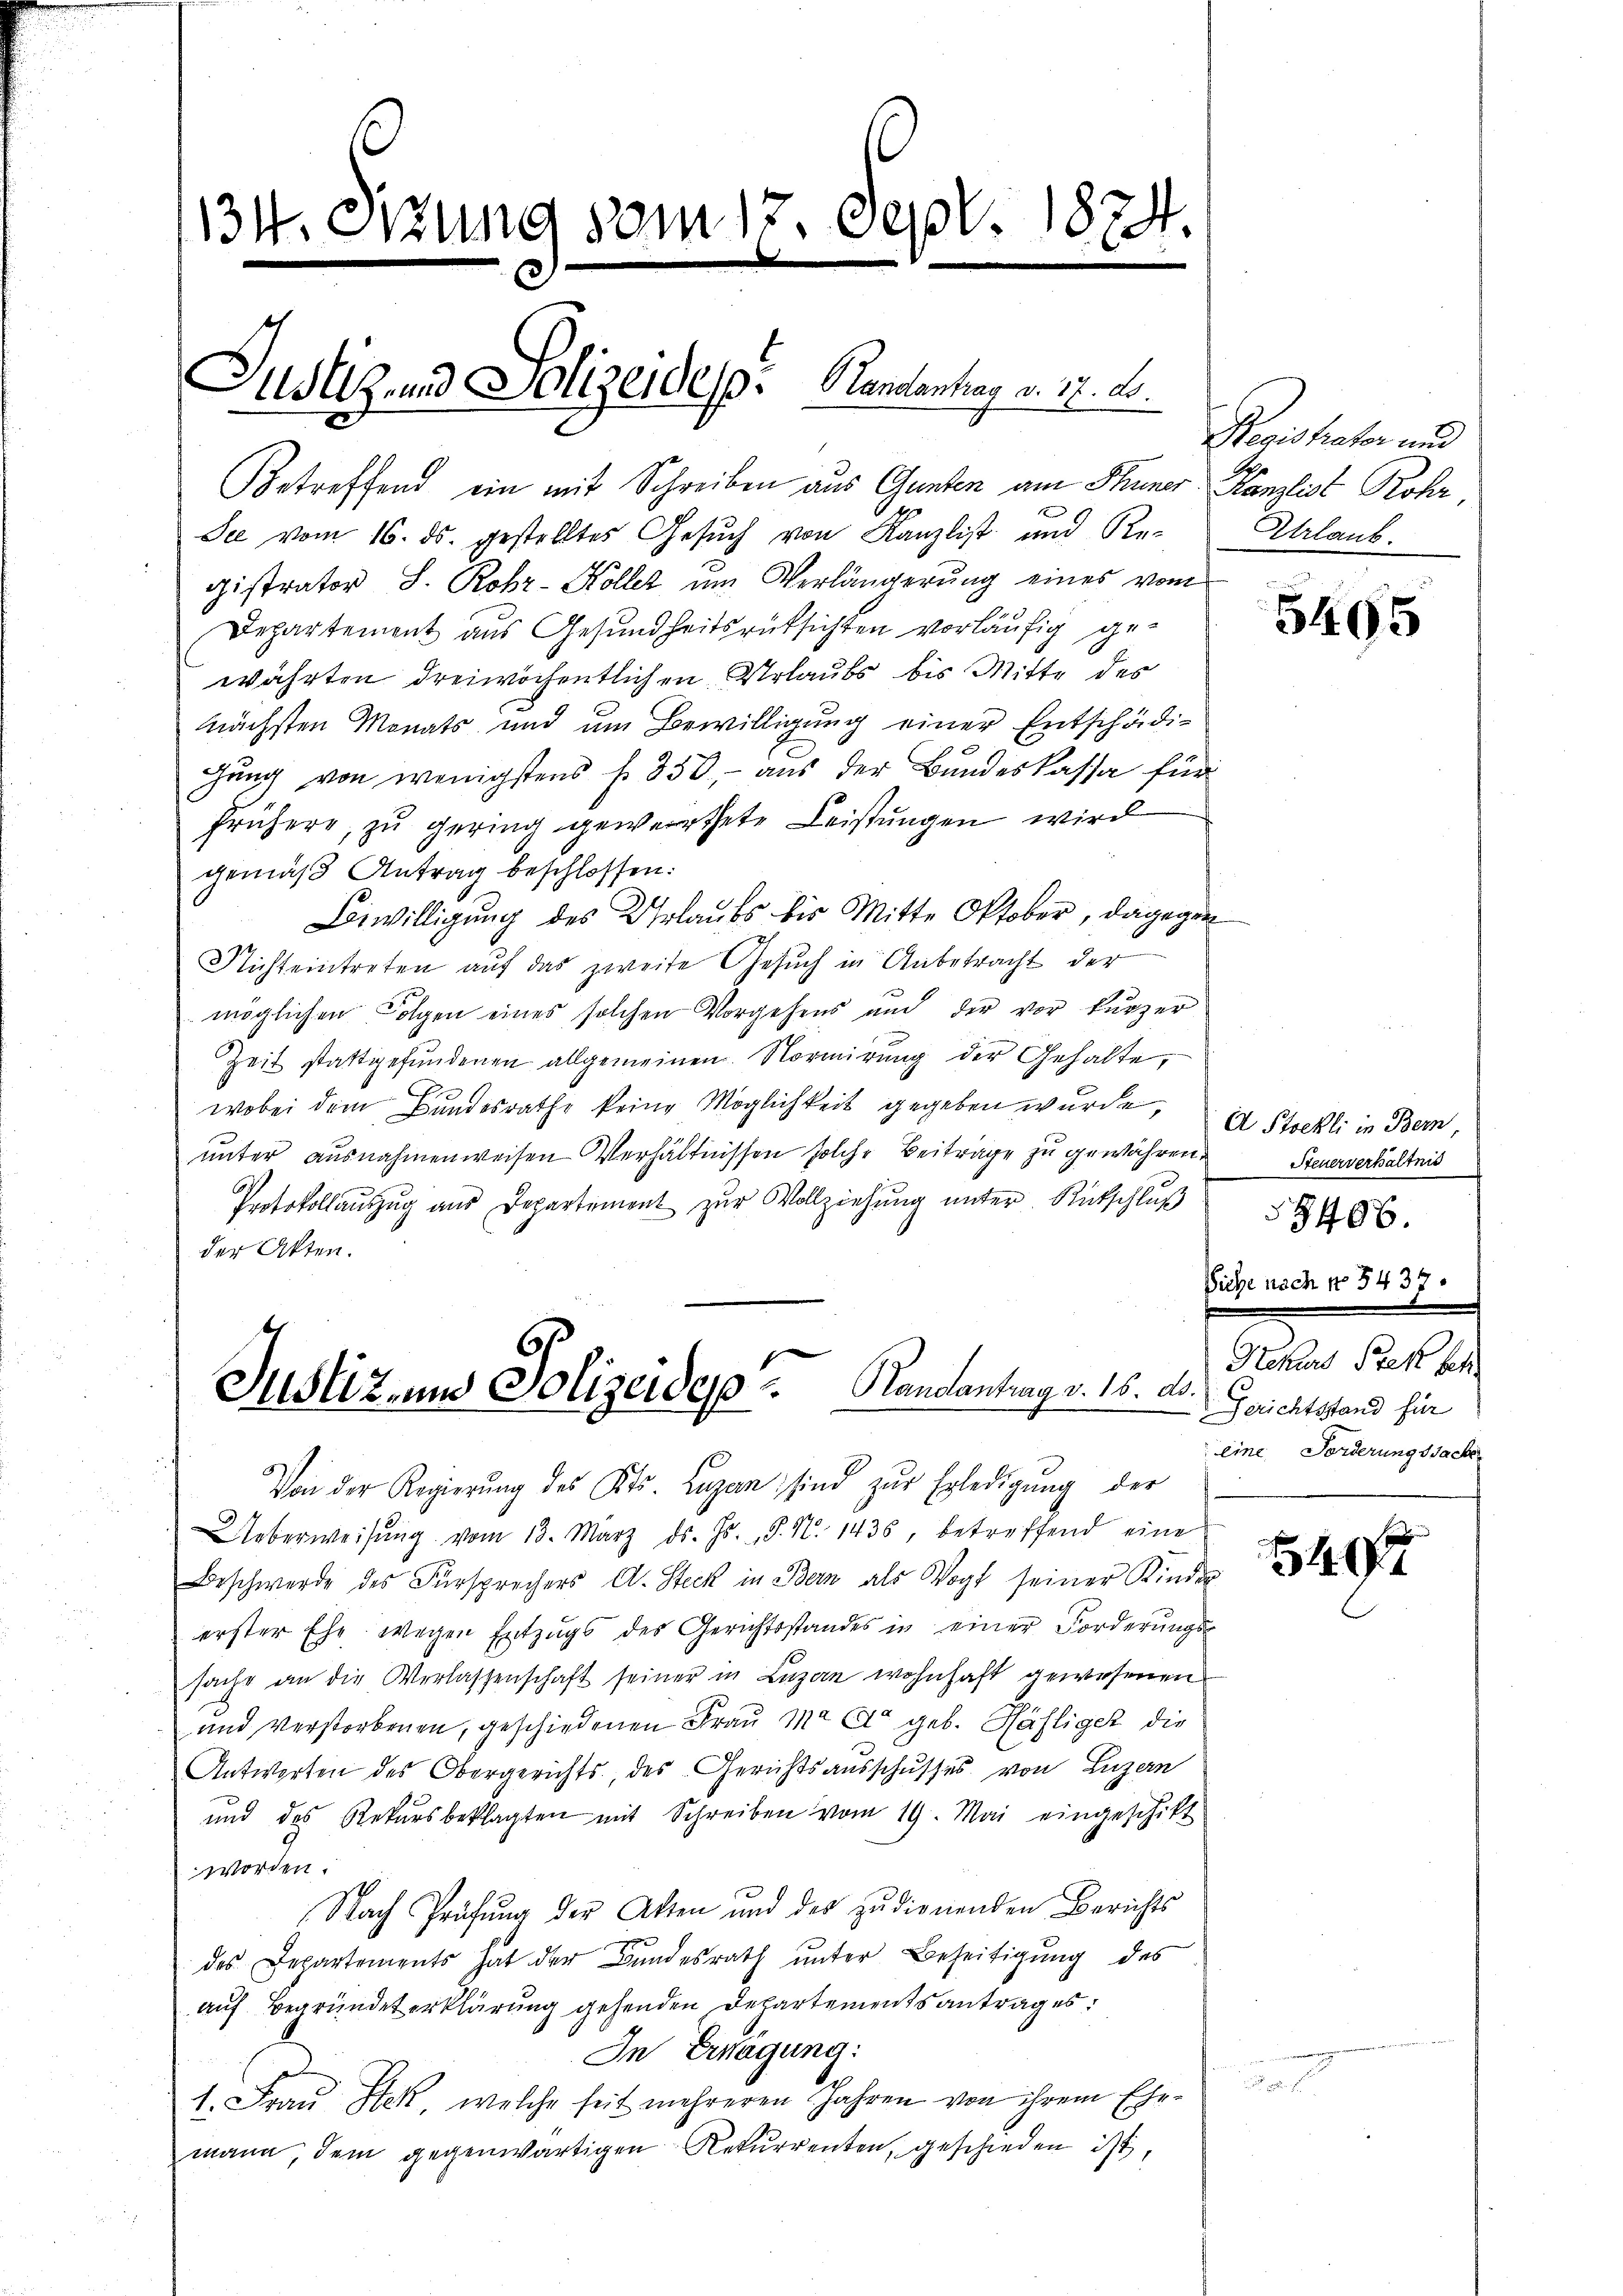
134. Sitzung vom 17. Sept. 1824.

Justiz- und Polizeidesp. Handantrag v. 17. ds.

Betreffend ein mit Schreiben aus Ganten am Thuner Kanzlist Rohr,
.
See vom 16. ds. gestelltes Gesuch von Kanzlist und Re-
gistrator S. Rohr-Kollet um Verlängerung eines vom
Departement aus Gesundheitsrücksichten vorläufig gewährten dreiwöchentlichen Urlaubs bis Mitte des
nächsten Monats und um Bewilligung einer Entschädigung von wenigstens f. 850, - aus der Bundeskassa für
frühere, zu gering gewerthete Leistungen wird
gemäß Antrag beschlossen:
Bewilligung des Urlaubs bis Mitte Oktober, dagegen
Nichteintreten auf das zweite Gesuch in Anbetracht der
möglichen Folgen eines solchen Vorgehens aus der vor kurzer
Zeit stattgefundenen allgemeinen Normirung der Gehalte,
wobei dem Bundesrathe keine Möglichkeit gegeben wurde, in Strehli in Bern,
unter ausnahmen weisen Verhältnissen solche Beiträge zu gewähren.
Protokollauszug aus Departement zur Vollziehung unter Rutschluß
der Akten.
Justiz und Polizeides  ..  Randantrag v. 16. d.
Von der Regierŭng des Kts. Lugan sind zŭr Erledigung der
Ueberweisŭng vom 13. März d. Js. S. N. 1435, betreffend eine
Beschwerde des Fürsprechers A. Steck in Bern als Vogt seiner Kinde
erster Ehe wegen Entzugs des Gerichtsstandes in einer Forderŭngs-
sache an die Verlassenschaft seiner in Lazan wohnhaft gewesenen
und verstorbenen, geschiedenen Frau M. da geb. Häfliger die
Antworten des Obergerichts, des Gerichtsausschusses von Luzern
und des Rekursbeklagten mit Schreiben vom 19. Mai eingeschikt
worden.
1
Nach Prüfung der Akten und des zudienenden Berichts
des Departements hat der Bundesrath unter Beseitigung des
auf Begründeterklärung gehenden Departements antrag es:
In Erwägung:
1. Frau Stek, welche seit mehreren Jahren von ihrem Ehemann, dem gegenwärtigen Rekurrenten, geschieden ist,

Regis hater und
Urlaub.

5495

Steuerverhältnis

3496.

Siche nach No 5437.

Rekurs Prek bes
Gerichtsstand für
eine Forderungssache

549